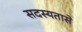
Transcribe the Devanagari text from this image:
सदस्यतासे